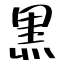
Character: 黒